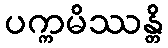
ပက္ကမိဿန္တိ